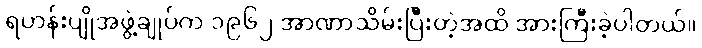
ရဟန်းပျိုအဖွဲ့ချုပ်က ၁၉၆၂ အာဏာသိမ်းပြီးတဲ့အထိ အားကြီးခဲ့ပါတယ်။